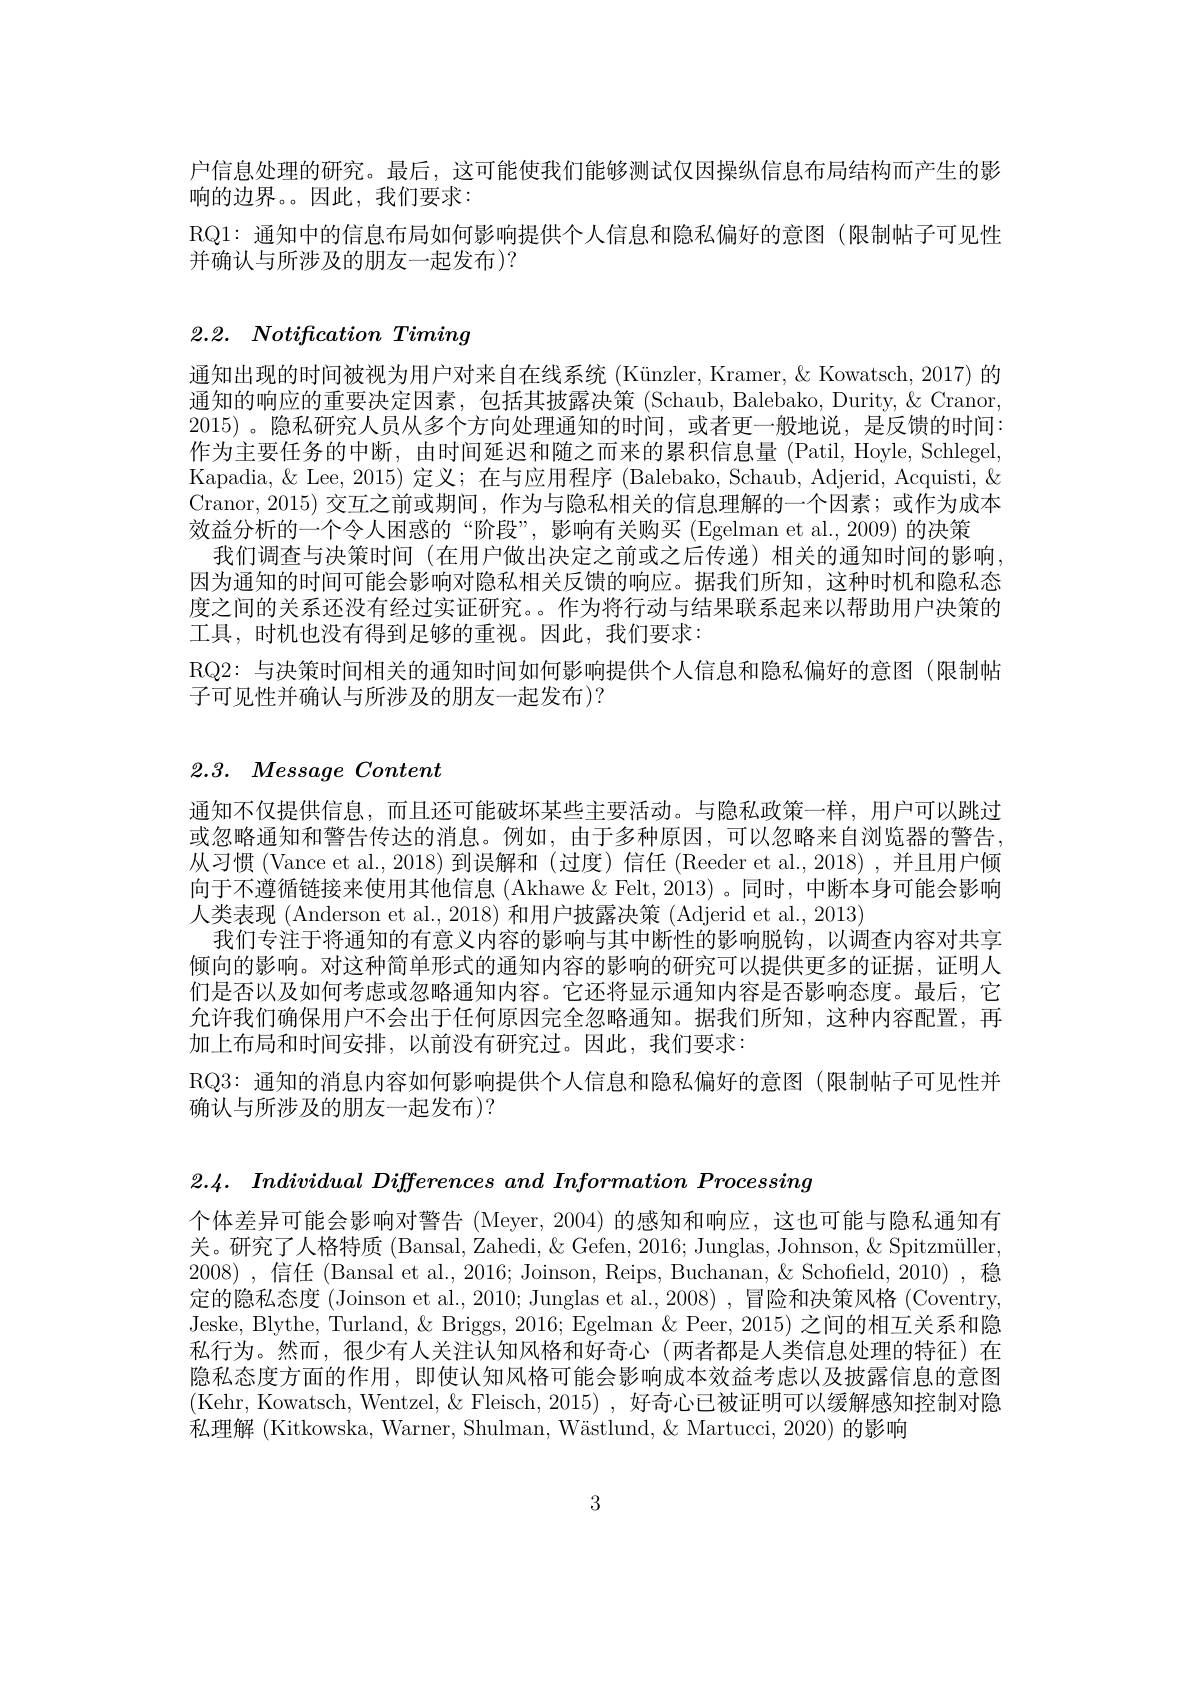
户信息处理的研究。最后，这可能使我们能够测试仅因操纵信息布局结构而产生的影
响的边界。因此，我们要求：
RQ1: 通知中的信息布局如何影响提供个人信息和隐私偏好的意图(限制帖子可见性
并确认与所涉及的朋友一起发布)?

2.2. $Notification\textit{ Timing}$

通知出现的时间被视为用户对来自在线系统 (Künzler, Kramer, & Kowatsch, 2017) 的通知的响应的重要决定因素，包括其披露决策 (Schaub, Balebako, Durity, & Cranor, 2015) 。隐私研究人员从多个方向处理通知的时间，或者更一般地说，是反馈的时间： 作为主要任务的中断，由时间延迟和随之而来的累积信息量 (Patil, Hoyle, Schlegel, Kapadia, & Lee, 2015) 定义；在与应用程序 (Balebako, Schaub, Adjerid, Acquisti, & Cranor, 2015) 交互之前或期间，作为与隐私相关的信息理解的一个因素；或作为成本效益分析的一个令人困惑的“阶段”,影响有关购买(Egelman et al.,2009) 的决策
我们调查与决策时间 (在用户做出决定之前或之后传递)相关的通知时间的影响， 因为通知的时间可能会影响对隐私相关反馈的响应。据我们所知，这种时机和隐私态度之间的关系还没有经过实证研究。。作为将行动与结果联系起来以帮助用户决策的工具，时机也没有得到足够的重视。因此，我们要求：
RQ2: 与决策时间相关的通知时间如何影响提供个人信息和隐私偏好的意图(限制帖
子可见性并确认与所涉及的朋友一起发布)?

# 2.3. $\textit{Message Content}$

通知不仅提供信息，而且还可能破坏某些主要活动。与隐私政策一样，用户可以跳过或忽略通知和警告传达的消息。例如，由于多种原因，可以忽略来自浏览器的警告， 从习惯(Vance et al., 2018)到误解和(过度)信任(Reeder et al., 2018),并且用户倾向于不遵循链接来使用其他信息 (Akhawe &Felt,2013)。同时，中断本身可能会影响人类表现 (Anderson et al., 2018) 和用户披露决策 (Adjerid et al., 2013)
我们专注于将通知的有意义内容的影响与其中断性的影响脱钩，以调查内容对共享倾向的影响。对这种简单形式的通知内容的影响的研究可以提供更多的证据，证明人们是否以及如何考虑或忽略通知内容。它还将显示通知内容是否影响态度。最后，它允许我们确保用户不会出于任何原因完全忽略通知。据我们所知，这种内容配置，再加上布局和时间安排，以前没有研究过。因此，我们要求：
RQ3: 通知的消息内容如何影响提供个人信息和隐私偏好的意图(限制帖子可见性并
确认与所涉及的朋友一起发布)?

2.4. $Individual\textit{ Differences and Information Processing}$

个体差异可能会影响对警告 (Meyer,2004) 的感知和响应，这也可能与隐私通知有关。研究了人格特质 (Bansal, Zahedi, & Gefen, 2016; Junglas, Johnson, & Spitzmüller, 2008) ,信任 (Bansal et al., 2016; Joinson, Reips, Buchanan, & Schofield, 2010), 稳定的隐私态度 (Joinson et al., 2010; Junglas et al., 2008) , 冒险和决策风格 (Coventry, Jeske, Blythe, Turland, & Briggs, 2016; Egelman & Peer, 2015) 之间的相互关系和隐私行为。然而，很少有人关注认知风格和好奇心(两者都是人类信息处理的特征)在隐私态度方面的作用，即使认知风格可能会影响成本效益考虑以及披露信息的意图(Kehr, Kowatsch, Wentzel, & Fleisch, 2015) , 好奇心已被证明可以缓解感知控制对隐私理解 (Kitkowska, Warner, Shulman, Wästlund, & Martucci, 2020) 的影响

3